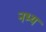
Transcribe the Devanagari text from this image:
नभ्य